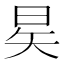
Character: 𪰖